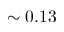
\sim 0 . 1 3